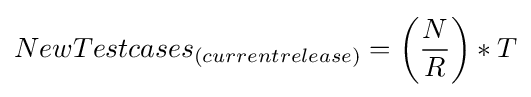
{\begin{alignedat}{5}NewTestcases_{(currentrelease)}=\left({\frac {N}{R}}\right)*T\end{alignedat}}